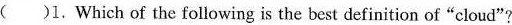
( )1. Which of the following is the best definit lon of "cloud"?